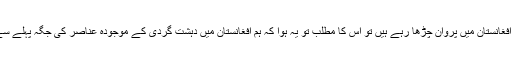
آپ کے غلط دعوے کے مطابق اگر ہم آئ ايس آئ ايس کو افغانستان ميں پروان چڑھا رہے ہيں تو اس کا مطلب تو يہ ہوا کہ ہم افغانستان ميں دہشت گردی کے موجودہ عناصر کی جگہ پہلے سے بھی زيادہ خطرناک مجرموں کے گروہ کو لے آئيں گے۔